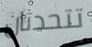
تتحدثان